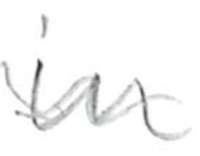
Text: in
Cross-out: wave
Writing tool: pencil